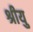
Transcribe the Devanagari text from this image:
श्रीयु